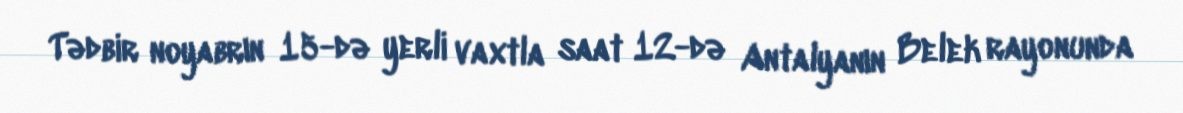
Tədbir noyabrın 15-də yerli vaxtla saat 12-də Antalyanın Belek rayonunda